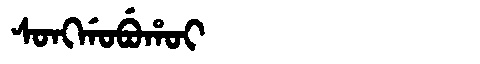
Manchu: ᠰᠣᠩᡤᠣᠪᡠᡥᠣᡳ
Romanization: SONGGOBUHOI